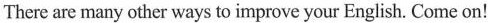
There are many other ways to improve your English. Come on!